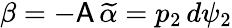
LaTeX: \beta=-\mathsf{A}\, \widetilde{\alpha}=p_{2}\, d\psi_{2}